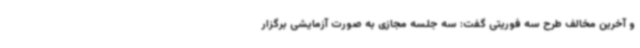
و آخرین مخالف طرح سه فوریتی گفت: سه جلسه مجازی به صورت آزمایشی برگزار